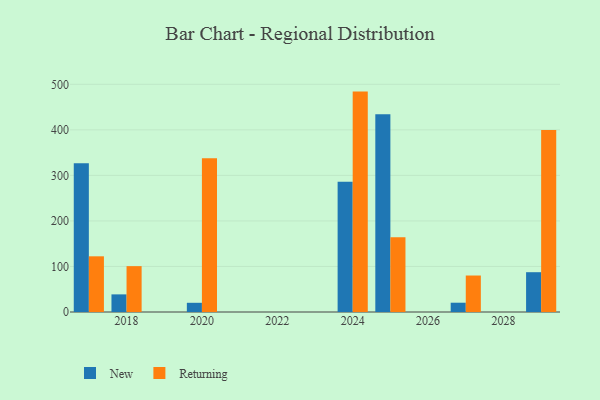
{"axis": {"x": "Year", "y": "Budget (USD K)"}, "legend": ["New", "Returning"], "data": [{"x": "2025", "y": 434.5, "type": "New"}, {"x": "2025", "y": 164.0, "type": "Returning"}, {"x": "2018", "y": 38.7, "type": "New"}, {"x": "2018", "y": 100.7, "type": "Returning"}, {"x": "2024", "y": 286.3, "type": "New"}, {"x": "2024", "y": 484.0, "type": "Returning"}, {"x": "2029", "y": 87.4, "type": "New"}, {"x": "2029", "y": 399.4, "type": "Returning"}, {"x": "2020", "y": 20.2, "type": "New"}, {"x": "2020", "y": 337.5, "type": "Returning"}, {"x": "2017", "y": 326.4, "type": "New"}, {"x": "2017", "y": 122.3, "type": "Returning"}, {"x": "2027", "y": 20.4, "type": "New"}, {"x": "2027", "y": 80.1, "type": "Returning"}]}